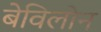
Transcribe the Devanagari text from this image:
बेविलोन